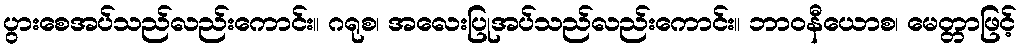
ပွားစေအပ်သည်လည်းကောင်း။ ဂရုစ၊ အလေးပြုအပ်သည်လည်းကောင်း။ ဘာဝနီယောစ၊ မေတ္တာဖြင့်